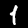
Label: 1